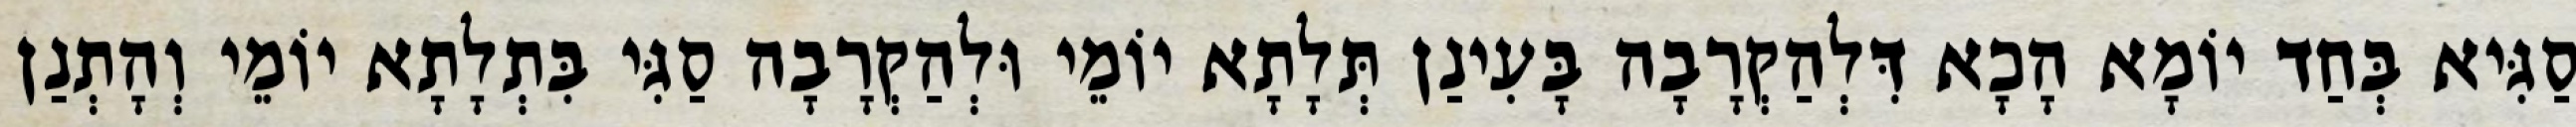
סַגִּיא בְּחַד יוֹמָא הָכָא דִּלְהַקְרָבָה בָּעִינַן תְּלָתָא יוֹמֵי וּלְהַקְרָבָה סַגִּי בִּתְלָתָא יוֹמֵי וְהָתְנַן